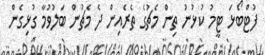
ފުޓްބޯޅަ ޓީމު ކުޅުނު ތިން މެޗުގެ ތެރެއިން ދެ މެޗުން ބަލުވުމާ ގުޅިގެން